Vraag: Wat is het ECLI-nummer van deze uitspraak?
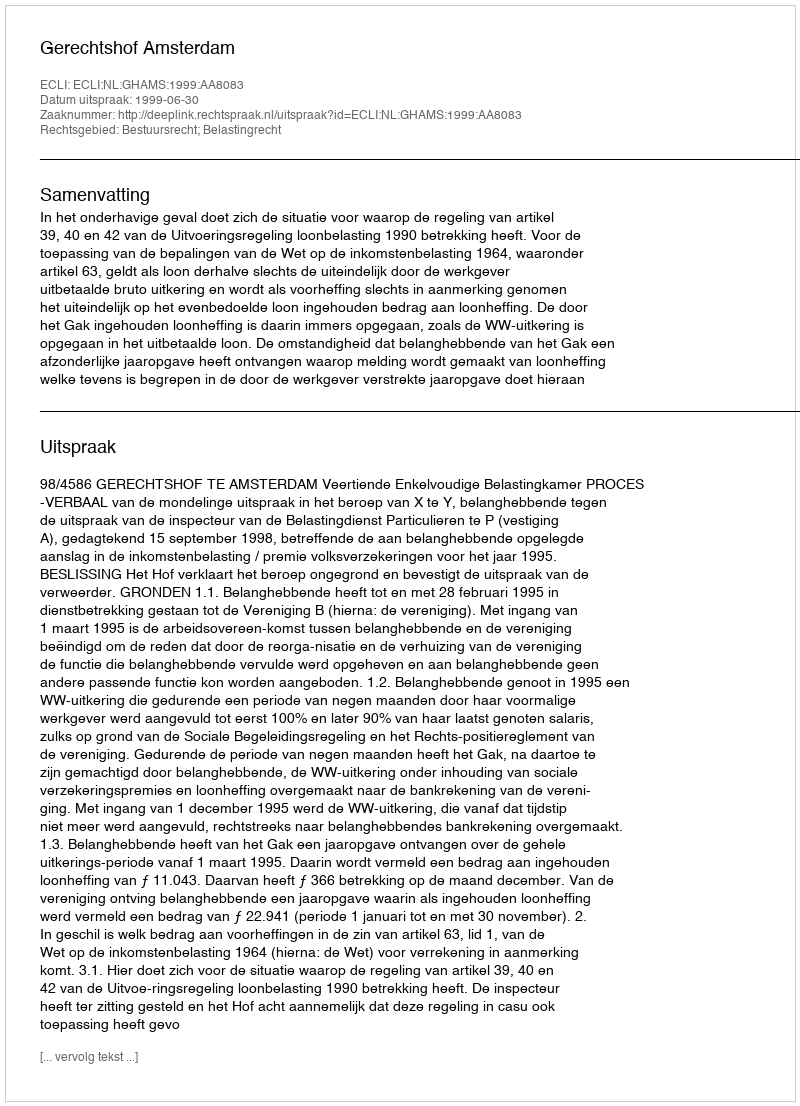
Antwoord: ECLI:NL:GHAMS:1999:AA8083